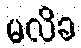
မလိခ